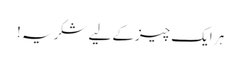
ہر ایک چیزکے لیے شکریہ !